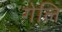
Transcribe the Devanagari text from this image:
गेलि